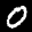
Label: 0